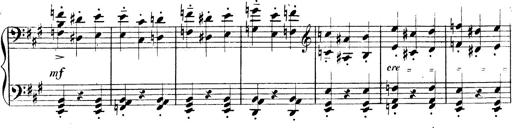
Title: 3 Caprices-Valses
Composer: Franz Liszt